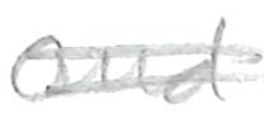
Text: and
Cross-out: double-line
Writing tool: pencil